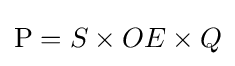
\mathrm {P} =S\times OE\times Q